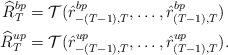
LaTeX: \begin{align*}\widehat R_T^{bp} &= {\cal T}(\hat{r}_{-(T-1),T}^{bp},\ldots,\hat{r}_{(T-1),T}^{bp}) \\\widehat R_T^{up} &= {\cal T}(\hat{r}_{-(T-1),T}^{up},\ldots,\hat{r}_{(T-1),T}^{up}).\end{align*}